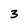
Character: 3